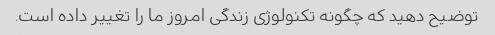
توضیح دهید که چگونه تکنولوژی زندگی امروز ما را تغییر داده است.